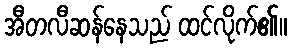
အီတလီဆန်နေသည် ထင်လိုက်၏။